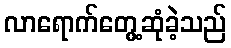
လာရောက်တွေ့ဆုံခဲ့သည်